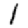
Digit: 1